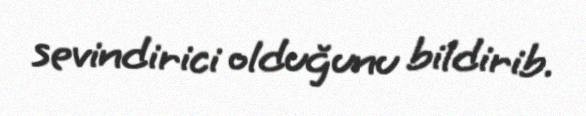
sevindirici olduğunu bildirib.